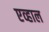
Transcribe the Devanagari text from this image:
एव्हाल